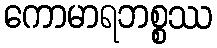
ကောမာရဘစ္စဿ